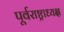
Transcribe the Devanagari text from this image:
पूर्वराष्ट्राध्यक्ष